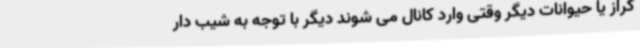
گراز یا حیوانات دیگر وقتی وارد کانال می شوند دیگر با توجه به شیب دار